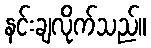
နင်းချလိုက်သည်။